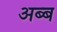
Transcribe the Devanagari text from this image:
अब्ब